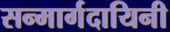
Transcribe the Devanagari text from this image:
सन्मार्गदायिनी